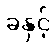
ခဲနှင့်